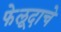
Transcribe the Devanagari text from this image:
फेलूदाचे